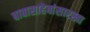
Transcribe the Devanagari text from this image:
बाबासाहेबांसारखा